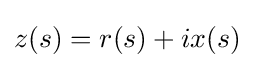
z(s)=r(s)+ix(s)